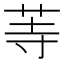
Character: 䓁